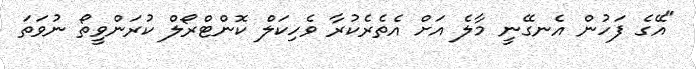
"އޭގެ ފަހުން އެނގޭނީ މާލެ އަށް އެތެރެކުރާ ވެހިކަލް ކޮންޓްރޯލް ކުރަންވީތޯ ނުވަތަ